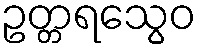
ဥတ္တရသွေဝ